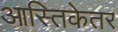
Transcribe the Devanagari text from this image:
आस्तिकेतर